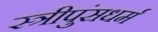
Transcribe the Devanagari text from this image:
स्त्रीपुंसधर्म